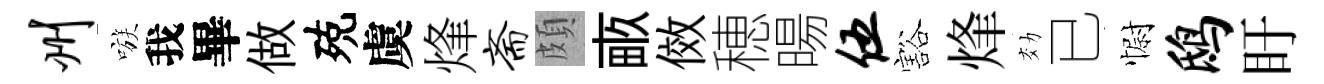
州嗾我畢做殑虞烽斋頗畞傚穂暘伍豁烽効已𢠢鸱盱